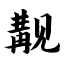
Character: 觏